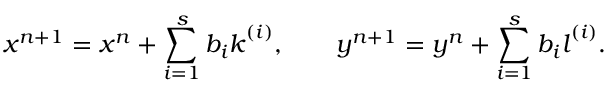
\boldsymbol { x } ^ { n + 1 } = \boldsymbol { x } ^ { n } + \sum _ { i = 1 } ^ { s } b _ { i } \boldsymbol { k } ^ { ( i ) } , \qquad \boldsymbol { y } ^ { n + 1 } = \boldsymbol { y } ^ { n } + \sum _ { i = 1 } ^ { s } b _ { i } \boldsymbol { l } ^ { ( i ) } .